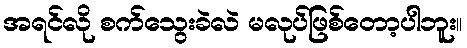
အရင်လို စက်သွေးခဲလဲ မလုပ်ဖြစ်တော့ပါဘူး။